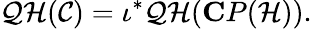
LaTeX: {\cal QH}({\cal C})=\iota^{*}{\cal QH}({\mathbf CP}({\cal H})).